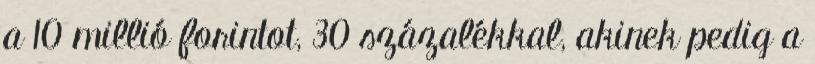
a 10 millió forintot, 30 százalékkal, akinek pedig a